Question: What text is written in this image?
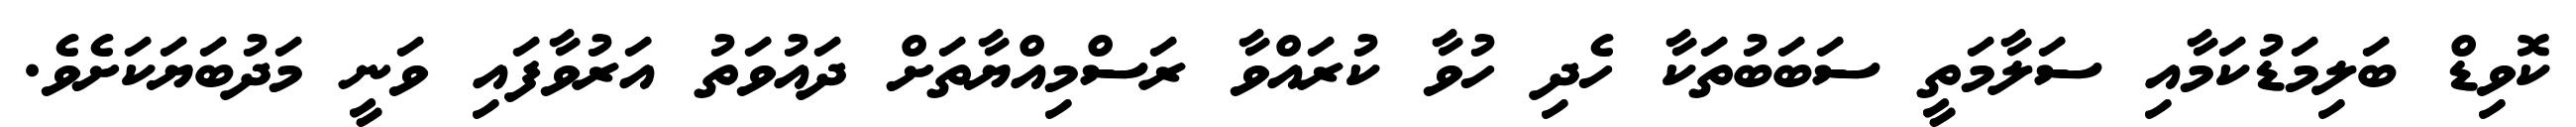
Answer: ކޮވިޑް ބަލިމަޑުކަމާއި ސަލާމަތީ ސަބަބުތަކާ ހެދި ހުވާ ކުރައްވާ ރަސްމިއްޔާތަށް ދައުވަތު އަރުވާފައި ވަނީ މަދުބަޔަކަށެވެ.